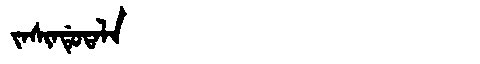
Manchu: ᠵᠠᠰᡳᠨᡩᡠᡨᠠᠯᠠ
Romanization: JASINDUTALA